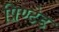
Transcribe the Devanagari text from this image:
प्रिण्टेड